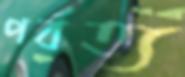
পর্বত্য